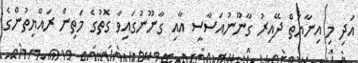
އަދި މި އިނާޔަތް ދޭއިރު ގާނޫނުއަސާސީ އާއި ގާނޫނުގައިވާ ގޮތުގެ މަތިން ރައްޔިތުންގެ